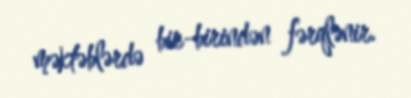
məktəblərdə bir-birindən fərqlənir.